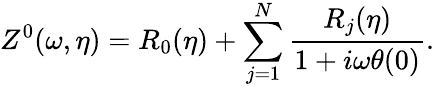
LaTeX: Z^{0}(\omega,\eta)=R_{0}(\eta)+\sum_{j=1}^{N}\frac{R_{j}(\eta)}{1+i\omega\theta(0)}.